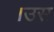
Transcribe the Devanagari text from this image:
।उस